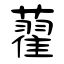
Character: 藋